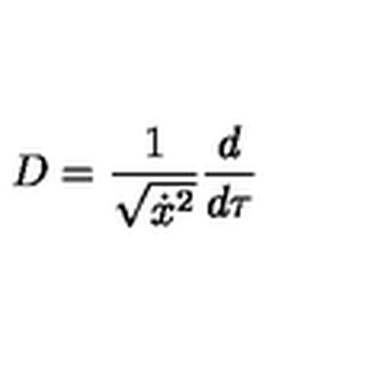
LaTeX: D = \frac 1 { \sqrt { \dot { x } ^ { 2 } } } \frac d { d \tau }